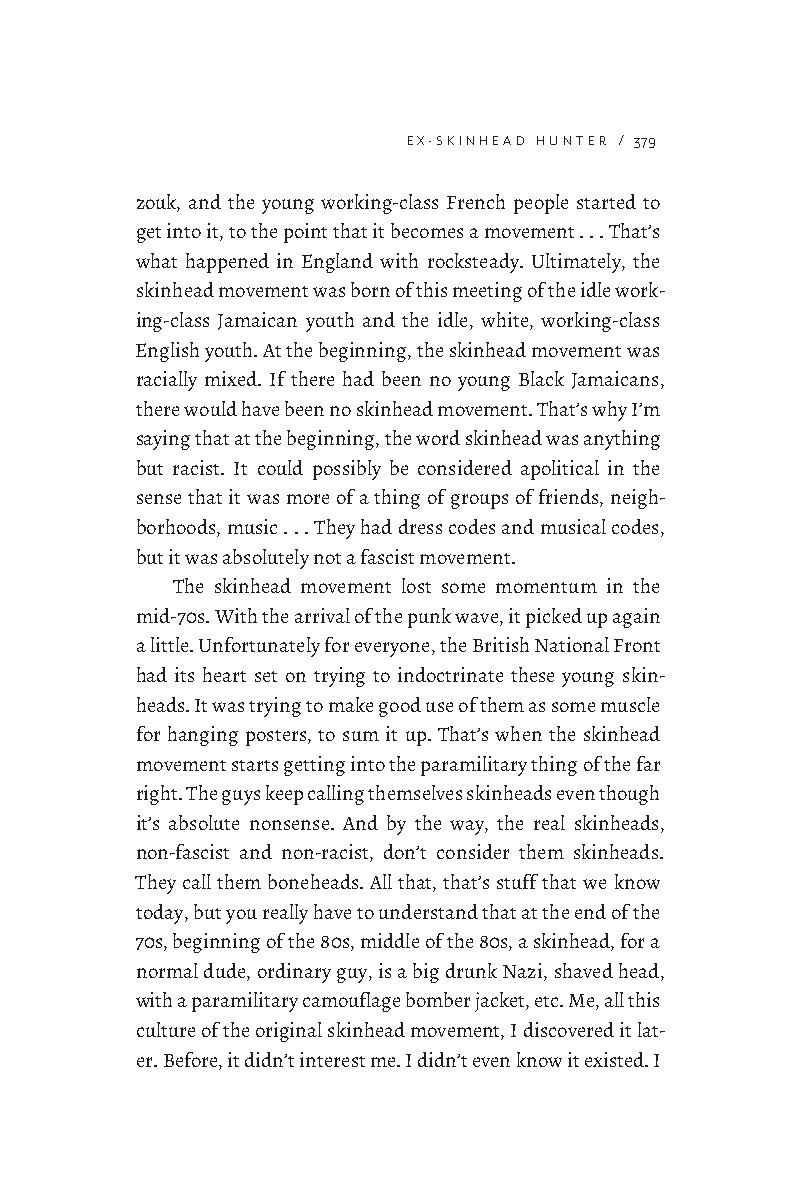
EX-SKINHEAD HUNTER / 379
 zouk, and the young working-class French people started to
 get into it, to the point that it becomes a movement . . . That’s
 what happened in England with rocksteady. Ultimately, the
 skinhead movement was born of this meeting of the idle work-
 ing-class Jamaican youth and the idle, white, working-class
 English youth. At the beginning, the skinhead movement was
 racially mixed. If there had been no young Black Jamaicans,
 there would have been no skinhead movement. That’s why I’m
 saying that at the beginning, the word skinhead was anything
 but racist. It could possibly be considered apolitical in the
 sense that it was more of a thing of groups of friends, neigh-
 borhoods, music . . . They had dress codes and musical codes,
 but it was absolutely not a fascist movement.
 The skinhead movement lost some momentum in the
 mid-70s. With the arrival of the punk wave, it picked up again
 a little. Unfortunately for everyone, the British National Front
 had its heart set on trying to indoctrinate these young skin-
 heads. It was trying to make good use of them as some muscle
 for hanging posters, to sum it up. That’s when the skinhead
 movement starts getting into the paramilitary thing of the far
 right. The guys keep calling themselves skinheads even though
 it’s absolute nonsense. And by the way, the real skinheads,
 non-fascist and non-racist, don’t consider them skinheads.
 They call them boneheads. All that, that’s stuff that we know
 today, but you really have to understand that at the end of the
 70s, beginning of the 80s, middle of the 80s, a skinhead, for a
 normal dude, ordinary guy, is a big drunk Nazi, shaved head,
 with a paramilitary camouflage bomber jacket, etc. Me, all this
 culture of the original skinhead movement, I discovered it lat-
 er. Before, it didn’t interest me. I didn’t even know it existed. I